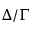
\Delta / \Gamma